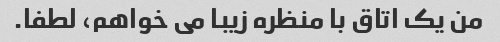
من یک اتاق با منظره زیبا می خواهم، لطفا.